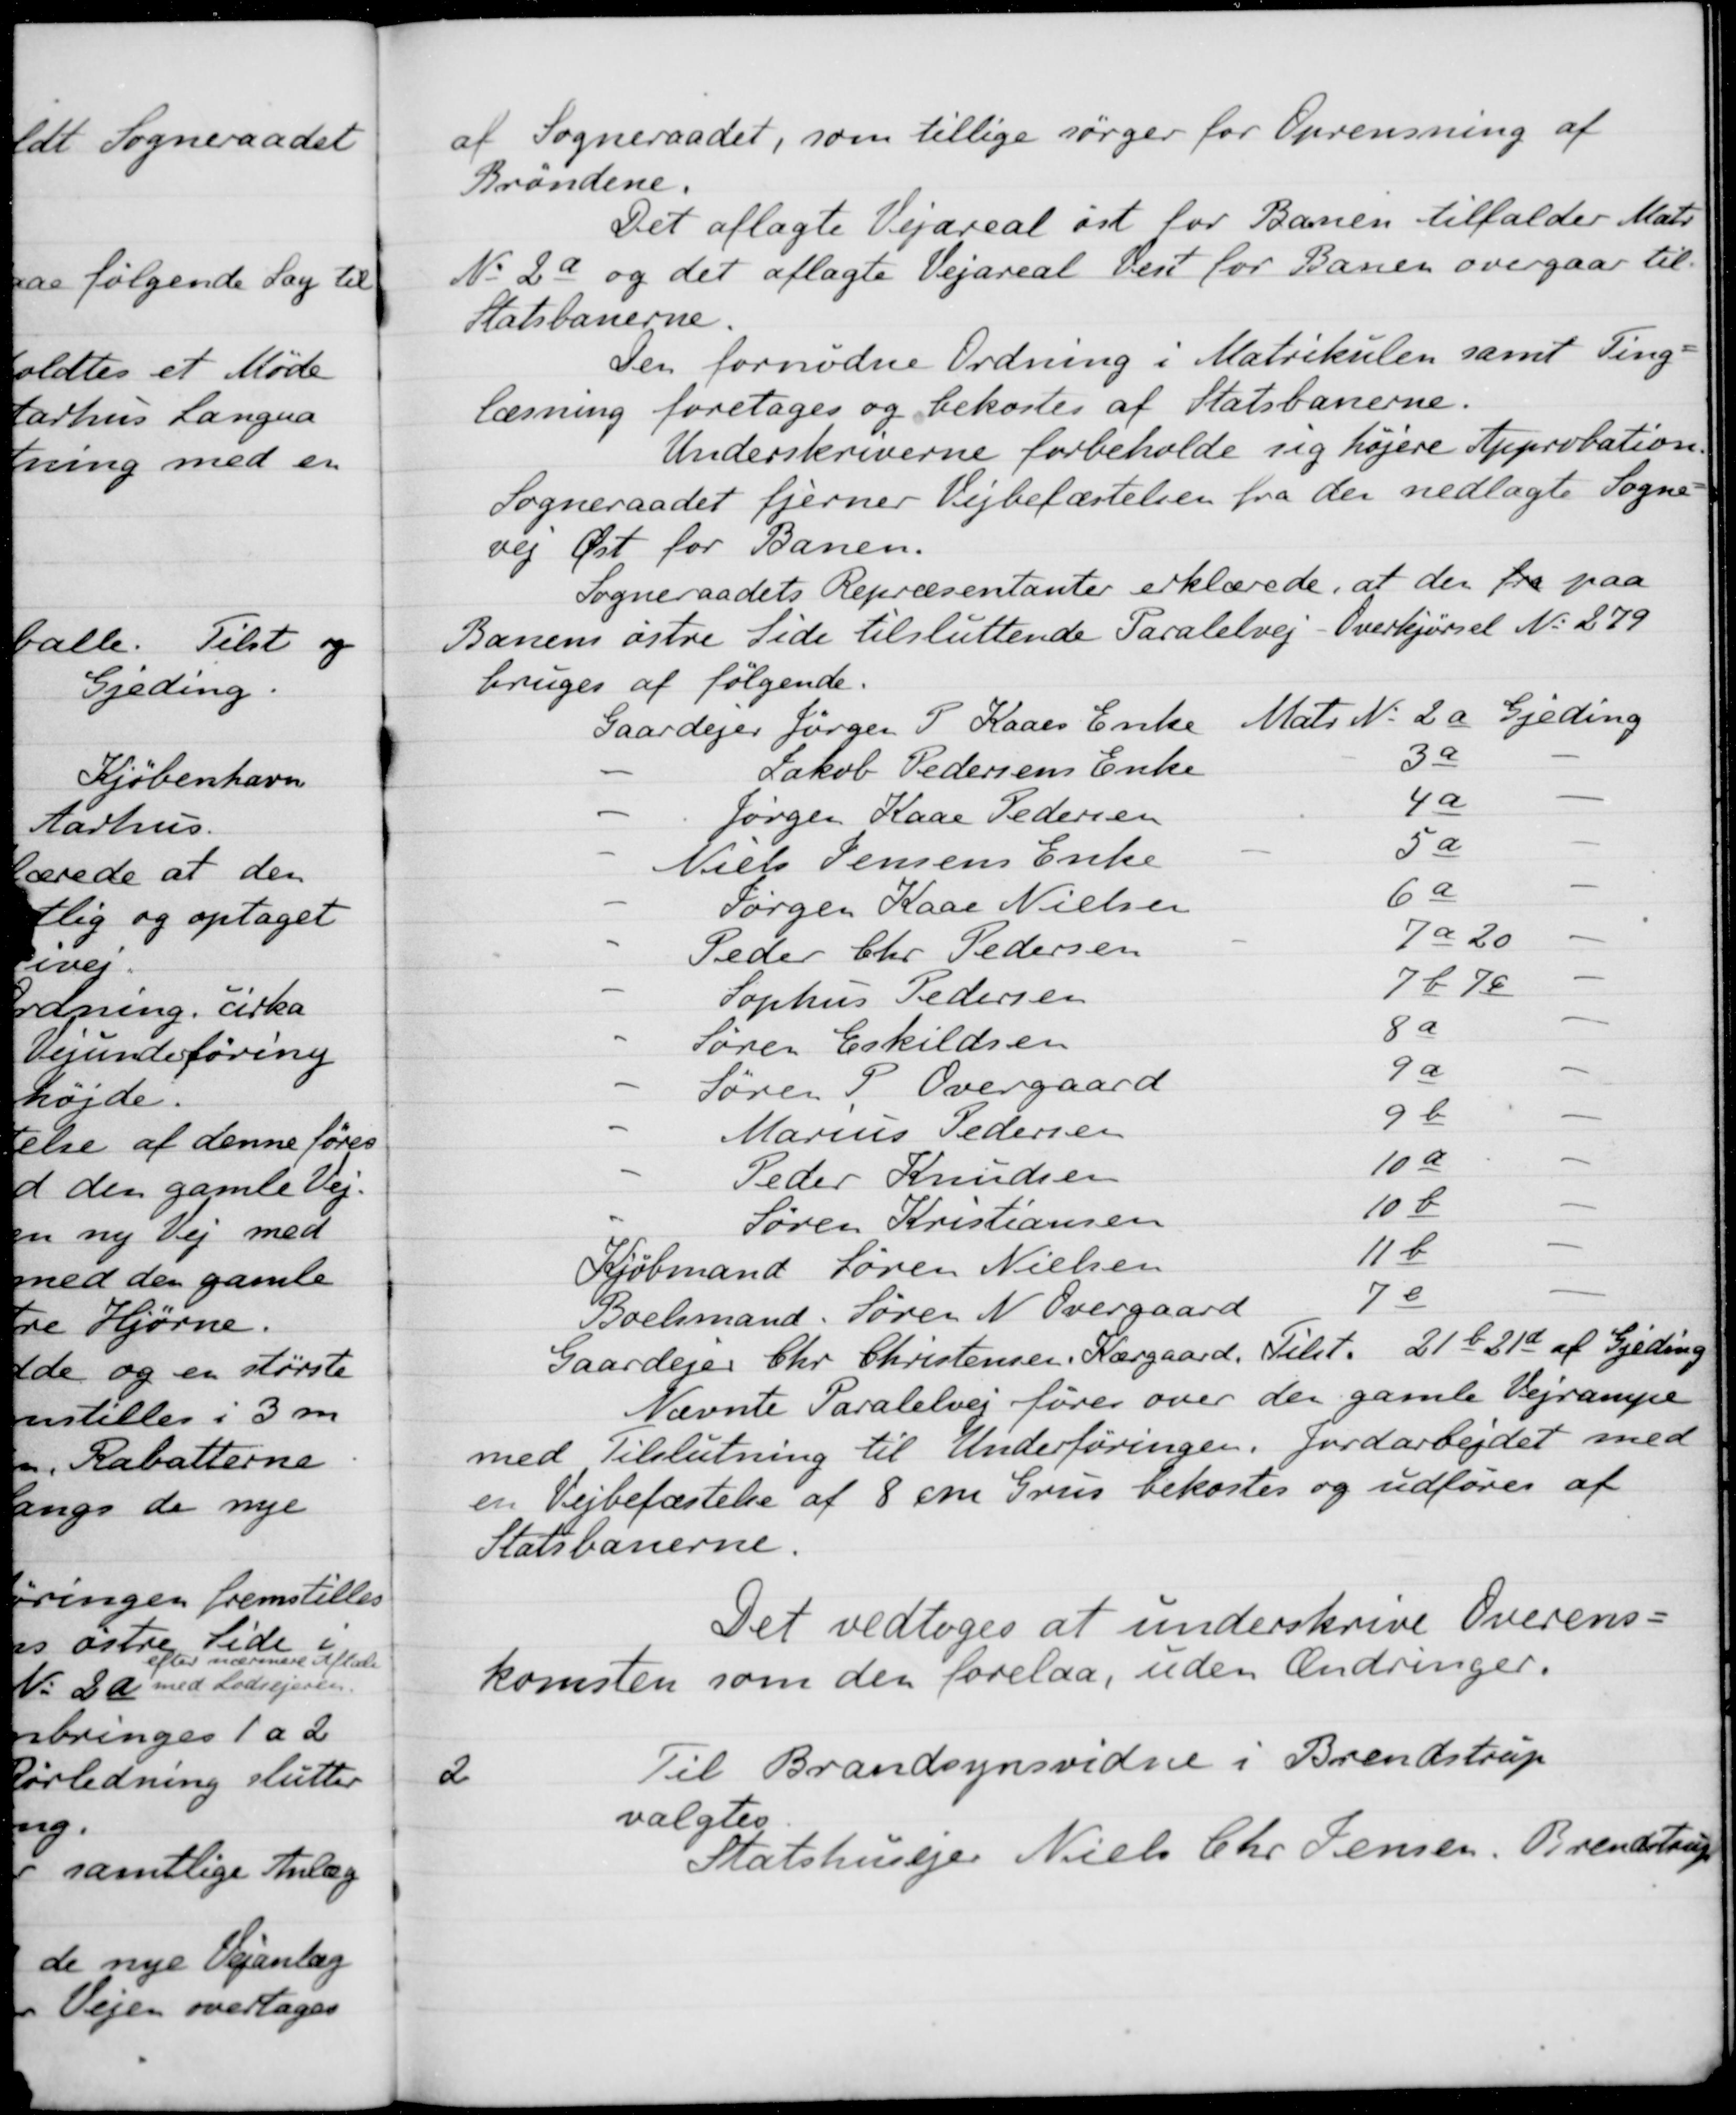
Transskription:
af Sogneraadet, som tillige sørger for Oprensning af
Brøndene.
Det aflagte Vejareal øst for Banen tilfalder Matr.
N. 2a og det aflagte Vejareal Vest for Banen overgaar til
Statsbanerne.
Den fornødne Ordning i Matrikulen samt Ting-
læsning foretages og bekostes af Statsbanerne.
Underskriverne forbeholde sig højere Approbation.
Sogneraadet fjerner Vejbefæstelsen fra der nedlagte Sogne-
vej Øst for Banen.
Sogneraadets Repræsentanter erklærede, at der fra paa
Banens østre Side tilsluttende Paralelvej - Overkjørsel No 279
bruges af følgende.
Gaardejer Jørgen P. Kaaes Enke
Matr. No 2 a Gjeding
Jakob Pedersens Enke
3a
Jørgen Kaae Pedersen
4a
Niels Jensens Enke
5a
Jørgen Kaae Nielsen
6a
Peder Chr. Pedersen
7 a 20
Sophus Pedersen
7b 7ø
Søren Eskildsen
8a
Søren P. Overgaard
9a
Marius Pedersen
9b
Peder Knudsen
10a
Søren Kristiansen
10 b
Kjøbmand Søren Nielsen
11b
Boelsmand. Søren N. Overgaard
7e
Gaardejer Chr. Christensen, Kærgaard, Tilst
21 b 21d af Gjeding
Nævnte Paralelvej føres over den gamle Vejrampe
med Tilslutning til Underføringen, Jordarbejdet med
en Vejbefæstelse af 8 cm Grus bekostes og udføres af
Statsbanerne.
Det vedtoges at underskrive Overens-
komsten som den forelaa, uden Ændringer.
2
Til Brandsynsvidne i Brendstrup
valgtes
Statshusejer Niels Chr. Jensen, Brendstrup